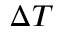
\Delta T